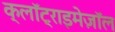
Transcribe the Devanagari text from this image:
क्लॉट्राइमेज़ॉल